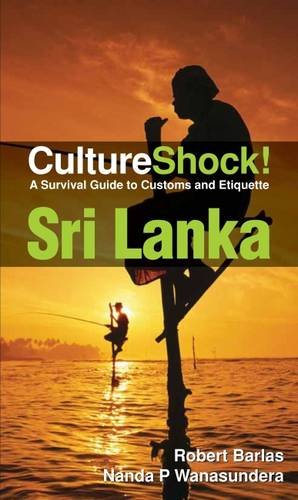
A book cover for Cultureshock Sri Lanka (Cultureshock Sri Lanka: A Survival Guide to Customs & Etiquette); Robert Barlas; Travel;